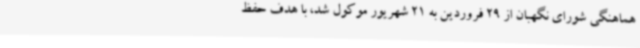
هماهنگی شورای نگهبان از 29 فروردین به 21 شهریور موکول شد، با هدف حفظ